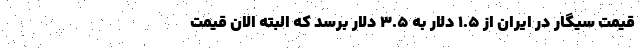
قیمت سیگار در ایران از ۱.۵ دلار به ۳.۵ دلار برسد که البته الان قیمت